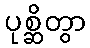
ပုစ္ဆိတွာ